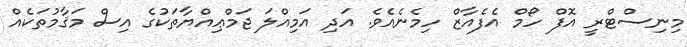
މިނިސްޓްރީ އޮފް ހޯމް އެފެއާޒް ހިމެނެއެވެ. އަދި އަމިއްލަ ޖަމްޢިއްޔާތަކުގެ އިސް މަޤާމުތަކެއް